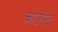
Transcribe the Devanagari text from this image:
काउपेट